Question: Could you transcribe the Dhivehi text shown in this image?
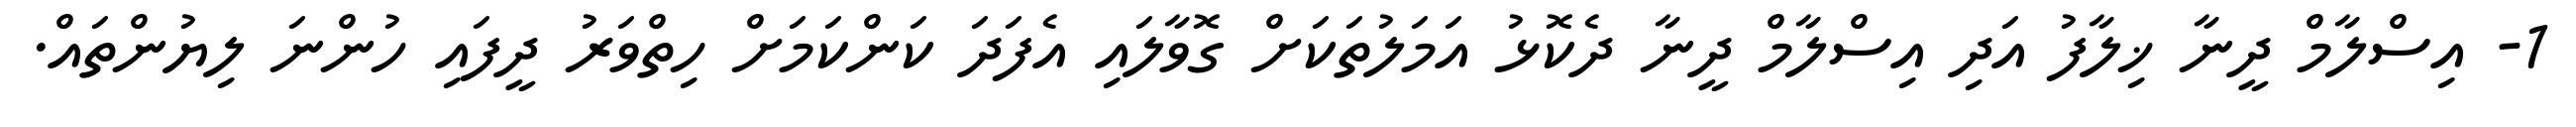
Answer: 1- އިސްލާމް ދީނާ ޚިލާފު އަދި އިސްލާމް ދީނާ ދެކޮޅު އަމަލުތަކަށް ގޮވާލައި އެފަދަ ކަންކަމަށް ހިތްވަރު ދީފައި ހުންނަ ލިޔުންތައް.